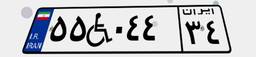
۵۵W۰۴۴۳۴